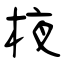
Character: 棭